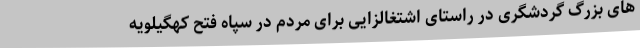
های بزرگ گردشگری در راستای اشتغالزایی برای مردم در سپاه فتح کهگیلویه